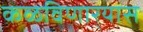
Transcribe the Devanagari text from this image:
कळविणार्‍यास